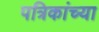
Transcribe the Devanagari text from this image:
पत्रिकांच्या